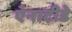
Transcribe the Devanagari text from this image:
ऐनाटीडे